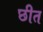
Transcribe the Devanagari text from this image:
छीत